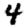
Digit: 4